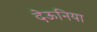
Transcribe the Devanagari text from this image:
देऊनिया